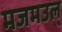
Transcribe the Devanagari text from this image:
मजमउल्